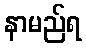
နာမည်ရ